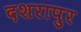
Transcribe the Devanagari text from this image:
दशरापुर